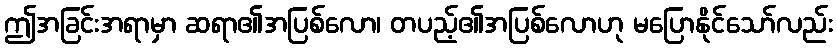
ဤအခြင်းအရာမှာ ဆရာ၏အပြစ်လော၊ တပည့်၏အပြစ်လောဟု မပြောနိုင်သော်လည်း